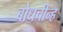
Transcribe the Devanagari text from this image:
बोधचीन्ह